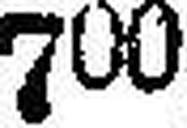
700